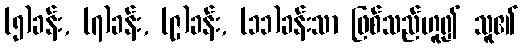
(၅)ခန်း, (၇)ခန်း, (၉)ခန်း, (၁၁)ခန်းသာ ဖြစ်သည်ဟူ၍ သူ၏